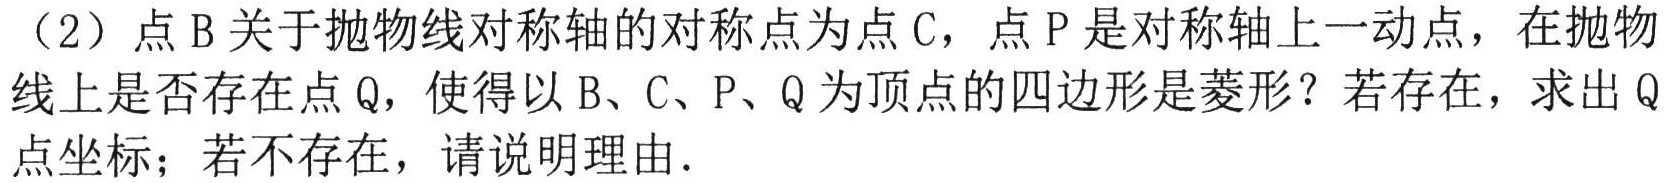
（2）点\(B\)关于抛物线对称轴的对称点为点\(C\)，点\(P\)是对称轴上一动点，在抛物线上是否存在点\(Q\)，使得以\(B、C、P、Q\)为顶点的四边形是菱形？若存在，求出\(Q\)点坐标；若不存在，请说明理由．